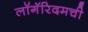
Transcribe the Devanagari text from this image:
लॉगॅरिदमची